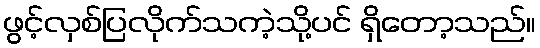
ဖွင့်လှစ်ပြလိုက်သကဲ့သို့ပင် ရှိတော့သည်။